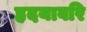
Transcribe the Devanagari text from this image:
हृदयावरि